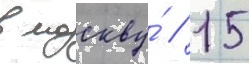
в москву́ // 15